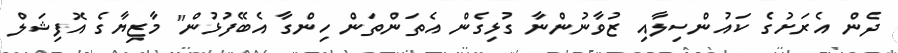
ދެން އެރަށުގެ ކައުންސިލާއި ޒުވާނުންނާ ގުޅިގެން އެތަންތަން ހިންގާ އެބޭފުޅުން" މާޒިޔާގެ އޮފިޝަލް